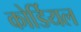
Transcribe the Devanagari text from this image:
कोर्डियल